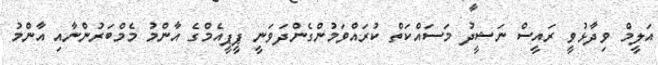
އަލީމް ވިދާޅުވީ ރައީސް ނަޝީދު މަސައްކަތް ކުރައްވަމުންގެންދަވަނީ ޕީޕީއެމްގެ އާންމު މެމްބަރުންނާއި އާންމު